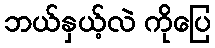
ဘယ်နှယ့်လဲ ကိုပြေ